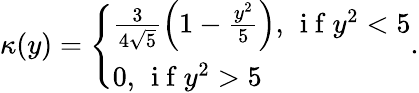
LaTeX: \begin{array}{r}{\kappa(y)=\left\{ \begin{array}{ll}{\frac{3}{4\sqrt{5}}\left(1-\frac{y^{2}}{5}\right),\, \mathrm{~i~f~}y^{2}<5}\\ {0,\, \mathrm{~i~f~}y^{2}>5}\end{array}\right..}\end{array}